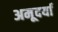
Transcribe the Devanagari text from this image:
अमूदर्या